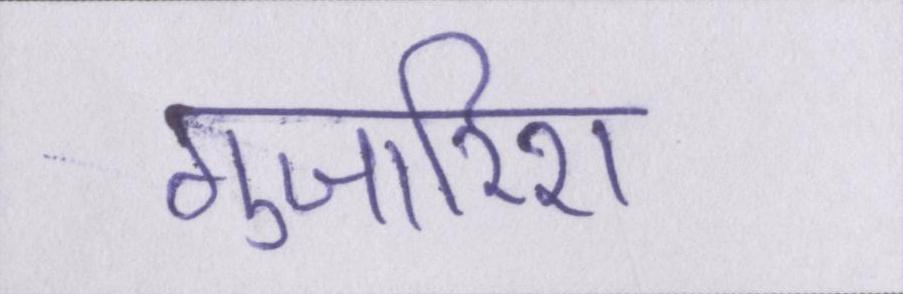
गुजारिश